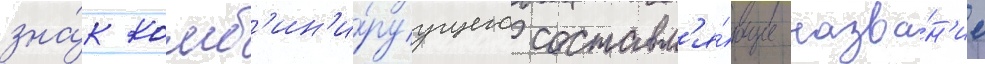
зна́к комб'ин'и́руущего составл'я́ющие назва́н'ие